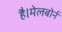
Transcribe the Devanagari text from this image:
है।मेलबोर्न